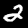
Label: 2